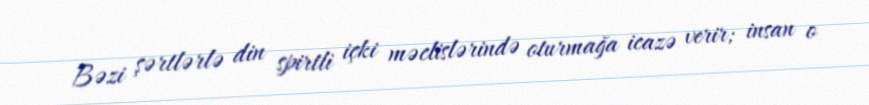
Bəzi şərtlərlə din spirtli içki məclislərində oturmağa icazə verir; insan o